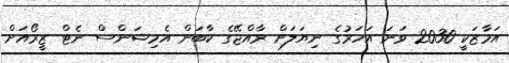
އަމާޒަކީ 2030 ވަނަ އަހަރުގެ ނިޔަލަށް ރާއްޖޭގެ ކާބަން އެމިޝަންސް ނެޓް ޒީރޯއަށް